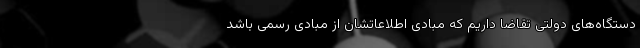
دستگاه‌های دولتی تقاضا داریم که مبادی اطلاعاتشان از مبادی رسمی باشد